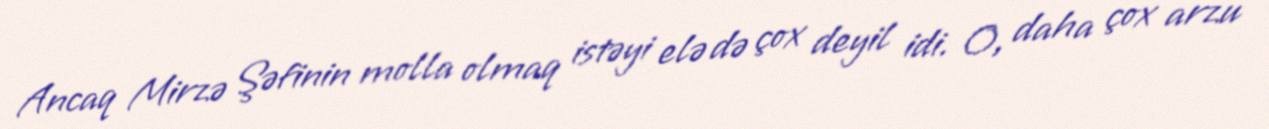
Ancaq Mirzə Şəfinin molla olmaq istəyi elə də çox deyil idi. O, daha çox arzu